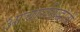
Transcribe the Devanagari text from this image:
आचारसिद्धांतों